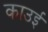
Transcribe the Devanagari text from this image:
काउई